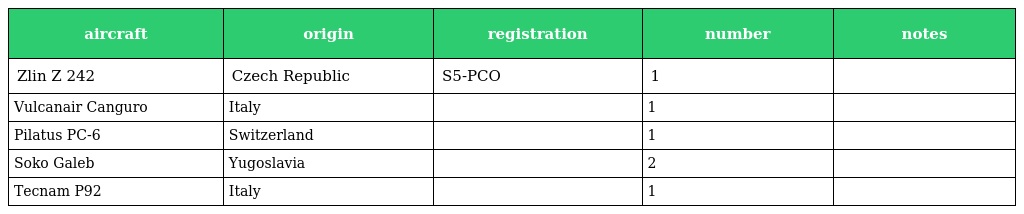
| aircraft | origin | registration | number | notes |
 | --- | --- | --- | --- | --- |
 | Zlin Z 242 | Czech Republic | S5-PCO | 1 |  |
 | Vulcanair Canguro | Italy |  | 1 |  |
 | Pilatus PC-6 | Switzerland |  | 1 |  |
 | Soko Galeb | Yugoslavia |  | 2 |  |
 | Tecnam P92 | Italy |  | 1 |  |